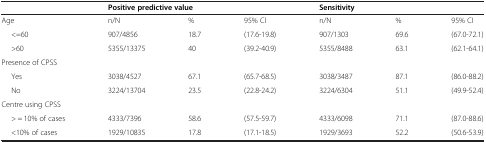
<table><thead><tr><td><b> </b></td><td colspan="3"><b>Positive predictive value</b></td><td colspan="3"><b>Sensitivity</b></td></tr></thead><tbody><tr><td>Age</td><td>n/N</td><td>%</td><td>95% CI</td><td>n/N</td><td>%</td><td>95% CI</td></tr><tr><td>&lt;=60</td><td>907/4856</td><td>18.7</td><td>(17.6-19.8)</td><td>907/1303</td><td>69.6</td><td>(67.0-72.1)</td></tr><tr><td>&gt;60</td><td>5355/13375</td><td>40</td><td>(39.2-40.9)</td><td>5355/8488</td><td>63.1</td><td>(62.1-64.1)</td></tr><tr><td>Presence of CPSS</td><td> </td><td> </td><td> </td><td> </td><td> </td><td> </td></tr><tr><td>Yes</td><td>3038/4527</td><td>67.1</td><td>(65.7-68.5)</td><td>3038/3487</td><td>87.1</td><td>(86.0-88.2)</td></tr><tr><td>No</td><td>3224/13704</td><td>23.5</td><td>(22.8-24.2)</td><td>3224/6304</td><td>51.1</td><td>(49.9-52.4)</td></tr><tr><td>Centre using CPSS</td><td> </td><td> </td><td> </td><td> </td><td> </td><td> </td></tr><tr><td>&gt; = 10% of cases</td><td>4333/7396</td><td>58.6</td><td>(57.5-59.7)</td><td>4333/6098</td><td>71.1</td><td>(87.0-88.6)</td></tr><tr><td>&lt;10% of cases</td><td>1929/10835</td><td>17.8</td><td>(17.1-18.5)</td><td>1929/3693</td><td>52.2</td><td>(50.6-53.9)</td></tr></tbody></table>